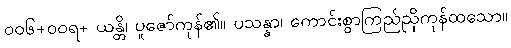
၀၀၆+ဝဝရ+ ယန္တိ၊ ပူဇော်ကုန်၏။ ပသန္နာ၊ ကောင်းစွာကြည်ညိုကုန်ထသော။